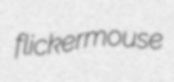
flickermouse